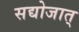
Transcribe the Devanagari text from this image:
सद्योजात्